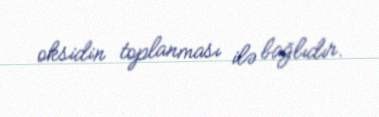
oksidin toplanması ilə bağlıdır.